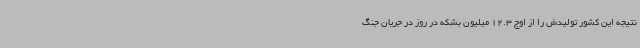
نتیجه این کشور تولیدش را از اوج 12.3 میلیون بشکه در روز در جریان جنگ